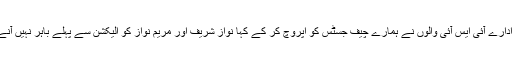
خفیہ ادارے آئی ایس آئی والوں نے ہمارے چیف جسٹس کو اپروچ کر کے کہا نواز شریف اور مریم نواز کو الیکشن سے پہلے باہر نہیں آنے دینا۔